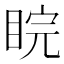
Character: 睆